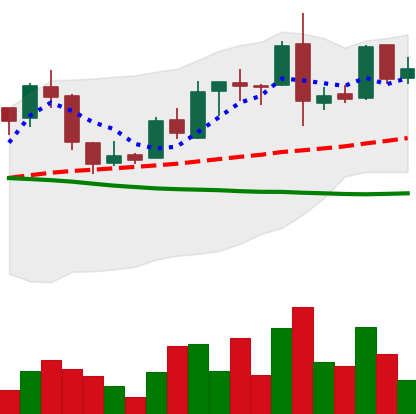
Ticker: LTC-USD
Chart end date: 2015-12-17
Forward return: -8.569%
Label: down_7plus